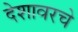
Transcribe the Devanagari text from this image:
देशावरचे